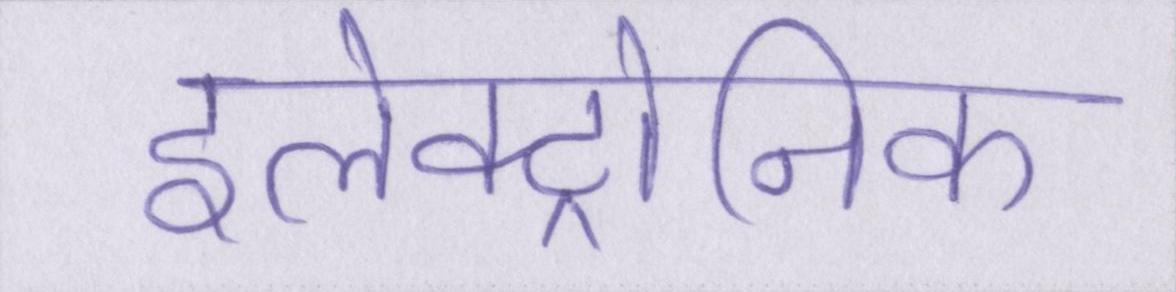
इलेक्ट्रोनिक